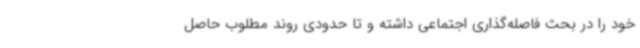
خود را در بحث فاصله‌گذاری اجتماعی داشته و تا حدودی روند مطلوب حاصل